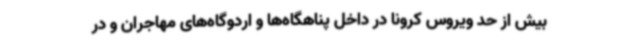
بیش از حد ویروس کرونا در داخل پناهگاه‌ها و اردوگاه‌های مهاجران و در